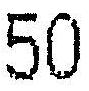
50